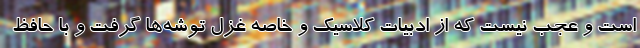
است و عجب نیست که از ادبیات کلاسیک و خاصه غزل توشه‌ها گرفت و با حافظ